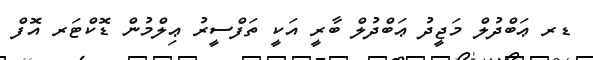
ޑރ ޢަބްދުލް މަޖީދު ޢަބްދުލް ބާރީ އަކީ ތަފްސީރު ޢިލްމުން ޑޮކްޓަރ އޮފް